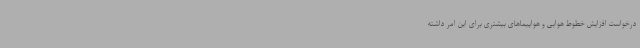
درخواست افزایش خطوط هوایی و هواپیماهای بیشتری برای این امر داشته